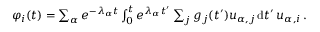
\begin{array} { r } { \varphi _ { i } ( t ) = \sum _ { \alpha } e ^ { - \lambda _ { \alpha } t } \int _ { 0 } ^ { t } e ^ { \lambda _ { \alpha } t ^ { \prime } } \sum _ { j } g _ { j } ( t ^ { \prime } ) u _ { \alpha , j } \, \mathrm { d } t ^ { \prime } \, u _ { \alpha , i } \, . } \end{array}